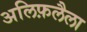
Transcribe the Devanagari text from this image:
अलिफ़लैला